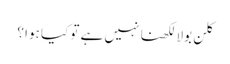
کلن بولا لکھنا نہیں ہے تو کیا ہوا ؟